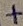
Text: +